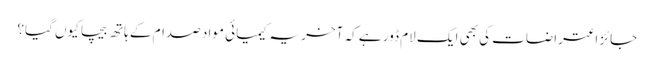
جائز اعتراضات کی بھی ایک لام ڈور ہے کہ آخر یہ کیمیائی مواد صدام کے ہاتھ بیچا کیوں گیا؟